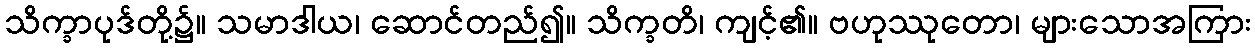
သိက္ခာပုဒ်တို့၌။ သမာဒါယ၊ ဆောင်တည်၍။ သိက္ခတိ၊ ကျင့်၏။ ဗဟုဿုတော၊ များသောအကြား